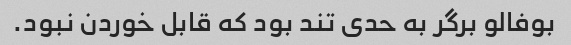
بوفالو برگر به حدی تند بود که قابل خوردن نبود. ‌